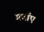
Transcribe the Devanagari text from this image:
गवाँए